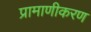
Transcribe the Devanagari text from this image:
प्रामाणीकरण